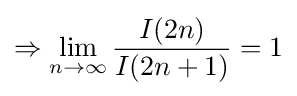
\Rightarrow \lim _{n\rightarrow \infty }{\frac {I(2n)}{I(2n+1)}}=1